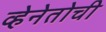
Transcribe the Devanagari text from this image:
व्हेनेतोची